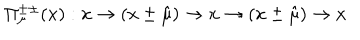
\Pi _ { \mu } ^ { \pm \pm } ( x ) : x \rightarrow ( x \pm \hat { \mu } ) \rightarrow x \rightarrow ( x \pm \hat { \mu } ) \rightarrow x